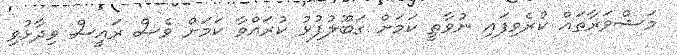
މަޝްވަރާތައް ކުރެވިފައި ނުވާތީ ކަމަށް ގަބޫލުފުޅު ކުރައްވާ ކަމަށް ވެސް ރައީސް ވިދާޅުވި